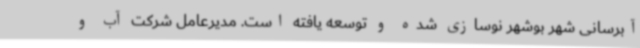
آبرسانی شهر بوشهر نوسازی شده و توسعه یافته است. مدیرعامل شرکت آب و